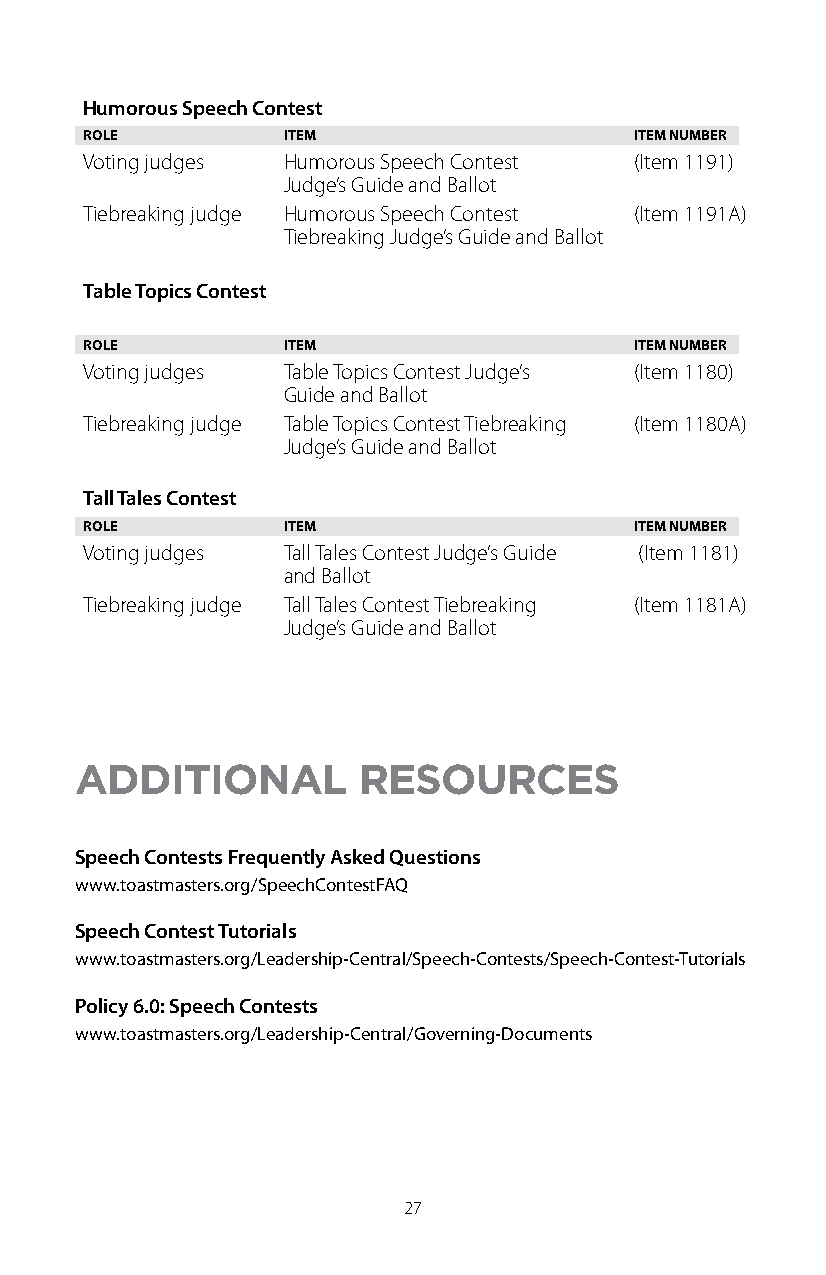
Humorous Speech Contest
 ROLE         ITEM                   ITEM NUMBER
 Voting judges Humorous Speech Contest (Item 1191)
 Judge’s Guide and Ballot
 Tiebreaking judge Humorous Speech Contest (Item 1191A)
 Tiebreaking Judge’s Guide and Ballot
 Table Topics Contest
 ROLE         ITEM                   ITEM NUMBER
 Voting judges Table Topics Contest Judge’s (Item 1180)
 Guide and Ballot
 Tiebreaking judge Table Topics Contest Tiebreaking (Item 1180A)
 Judge’s Guide and Ballot
 Tall Tales Contest
 ROLE         ITEM                   ITEM NUMBER
 Voting judges Tall Tales Contest Judge’s Guide (Item 1181)
 and Ballot
 Tiebreaking judge Tall Tales Contest Tiebreaking (Item 1181A)
 Judge’s Guide and Ballot
 ADDITIONAL         RESOURCES
 Speech Contests Frequently Asked Questions
 www.toastmasters.org/SpeechContestFAQ
 Speech Contest Tutorials
 www.toastmasters.org/Leadership-Central/Speech-Contests/Speech-Contest-Tutorials
 Policy 6.0: Speech Contests
 www.toastmasters.org/Leadership-Central/Governing-Documents
 27